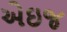
એઇજ